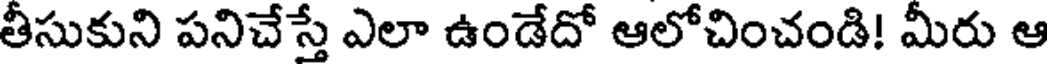
తీసుకుని పనిచేస్తే ఎలా ఉండేదో ఆలోచించండి! మీరు ఆ